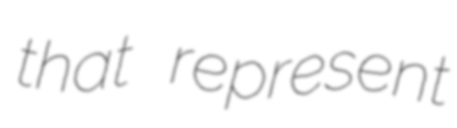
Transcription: that represent